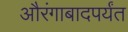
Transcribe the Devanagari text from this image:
औरंगाबादपर्यंत